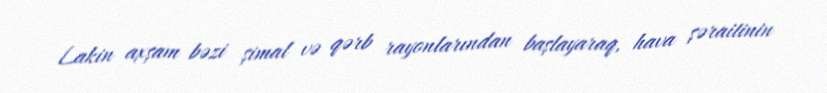
Lakin axşam bəzi şimal və qərb rayonlarından başlayaraq, hava şəraitinin